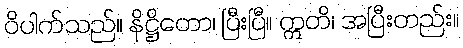
ဝိပါက်သည်။ နိဋ္ဌိတော၊ ပြီးပြီ။ ဣတိ၊ အပြီးတည်း။